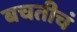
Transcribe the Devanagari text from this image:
बचतीचं